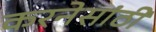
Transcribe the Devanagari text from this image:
करनेसांठी